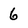
Character: 6